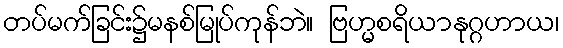
တပ်မက်ခြင်း၌မနစ်မြုပ်ကုန်ဘဲ။ ဗြဟ္မစရိယာနုဂ္ဂဟာယ၊